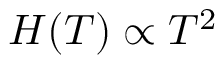
H ( T ) \propto T ^ { 2 }